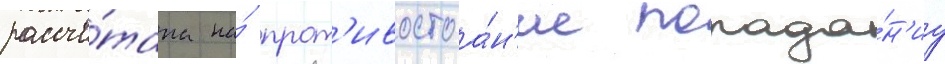
рассчи́тана на́ прот'ивостоа́н'ие попада́н'иу